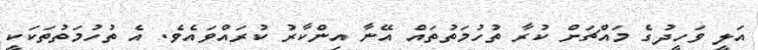
އަލީ ވަހީދުގެ މައްޗަށް ކުރާ ތުހުމަތުތައް އޭނާ އިންކާރު ކުރައްވައެވެ. އެ ތުހުމަތުތަކަކީ